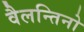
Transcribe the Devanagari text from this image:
वैलन्तिनो